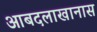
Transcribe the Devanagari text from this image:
आबदलाखानास